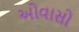
ઓવાસો